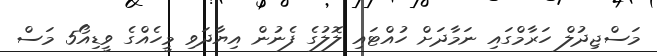
މަސްޖިދުލް ހަރާމްގައި ނަމާދަށް ހުއްޓައި ލޮލުގެ ފެނުން އިޔާދަވި މީހެއްގެ ވީޑިއޯ5 މަސް